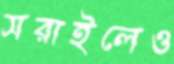
সরাইলেও